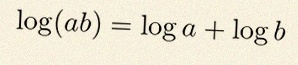
\log(ab)=\log a+\log b